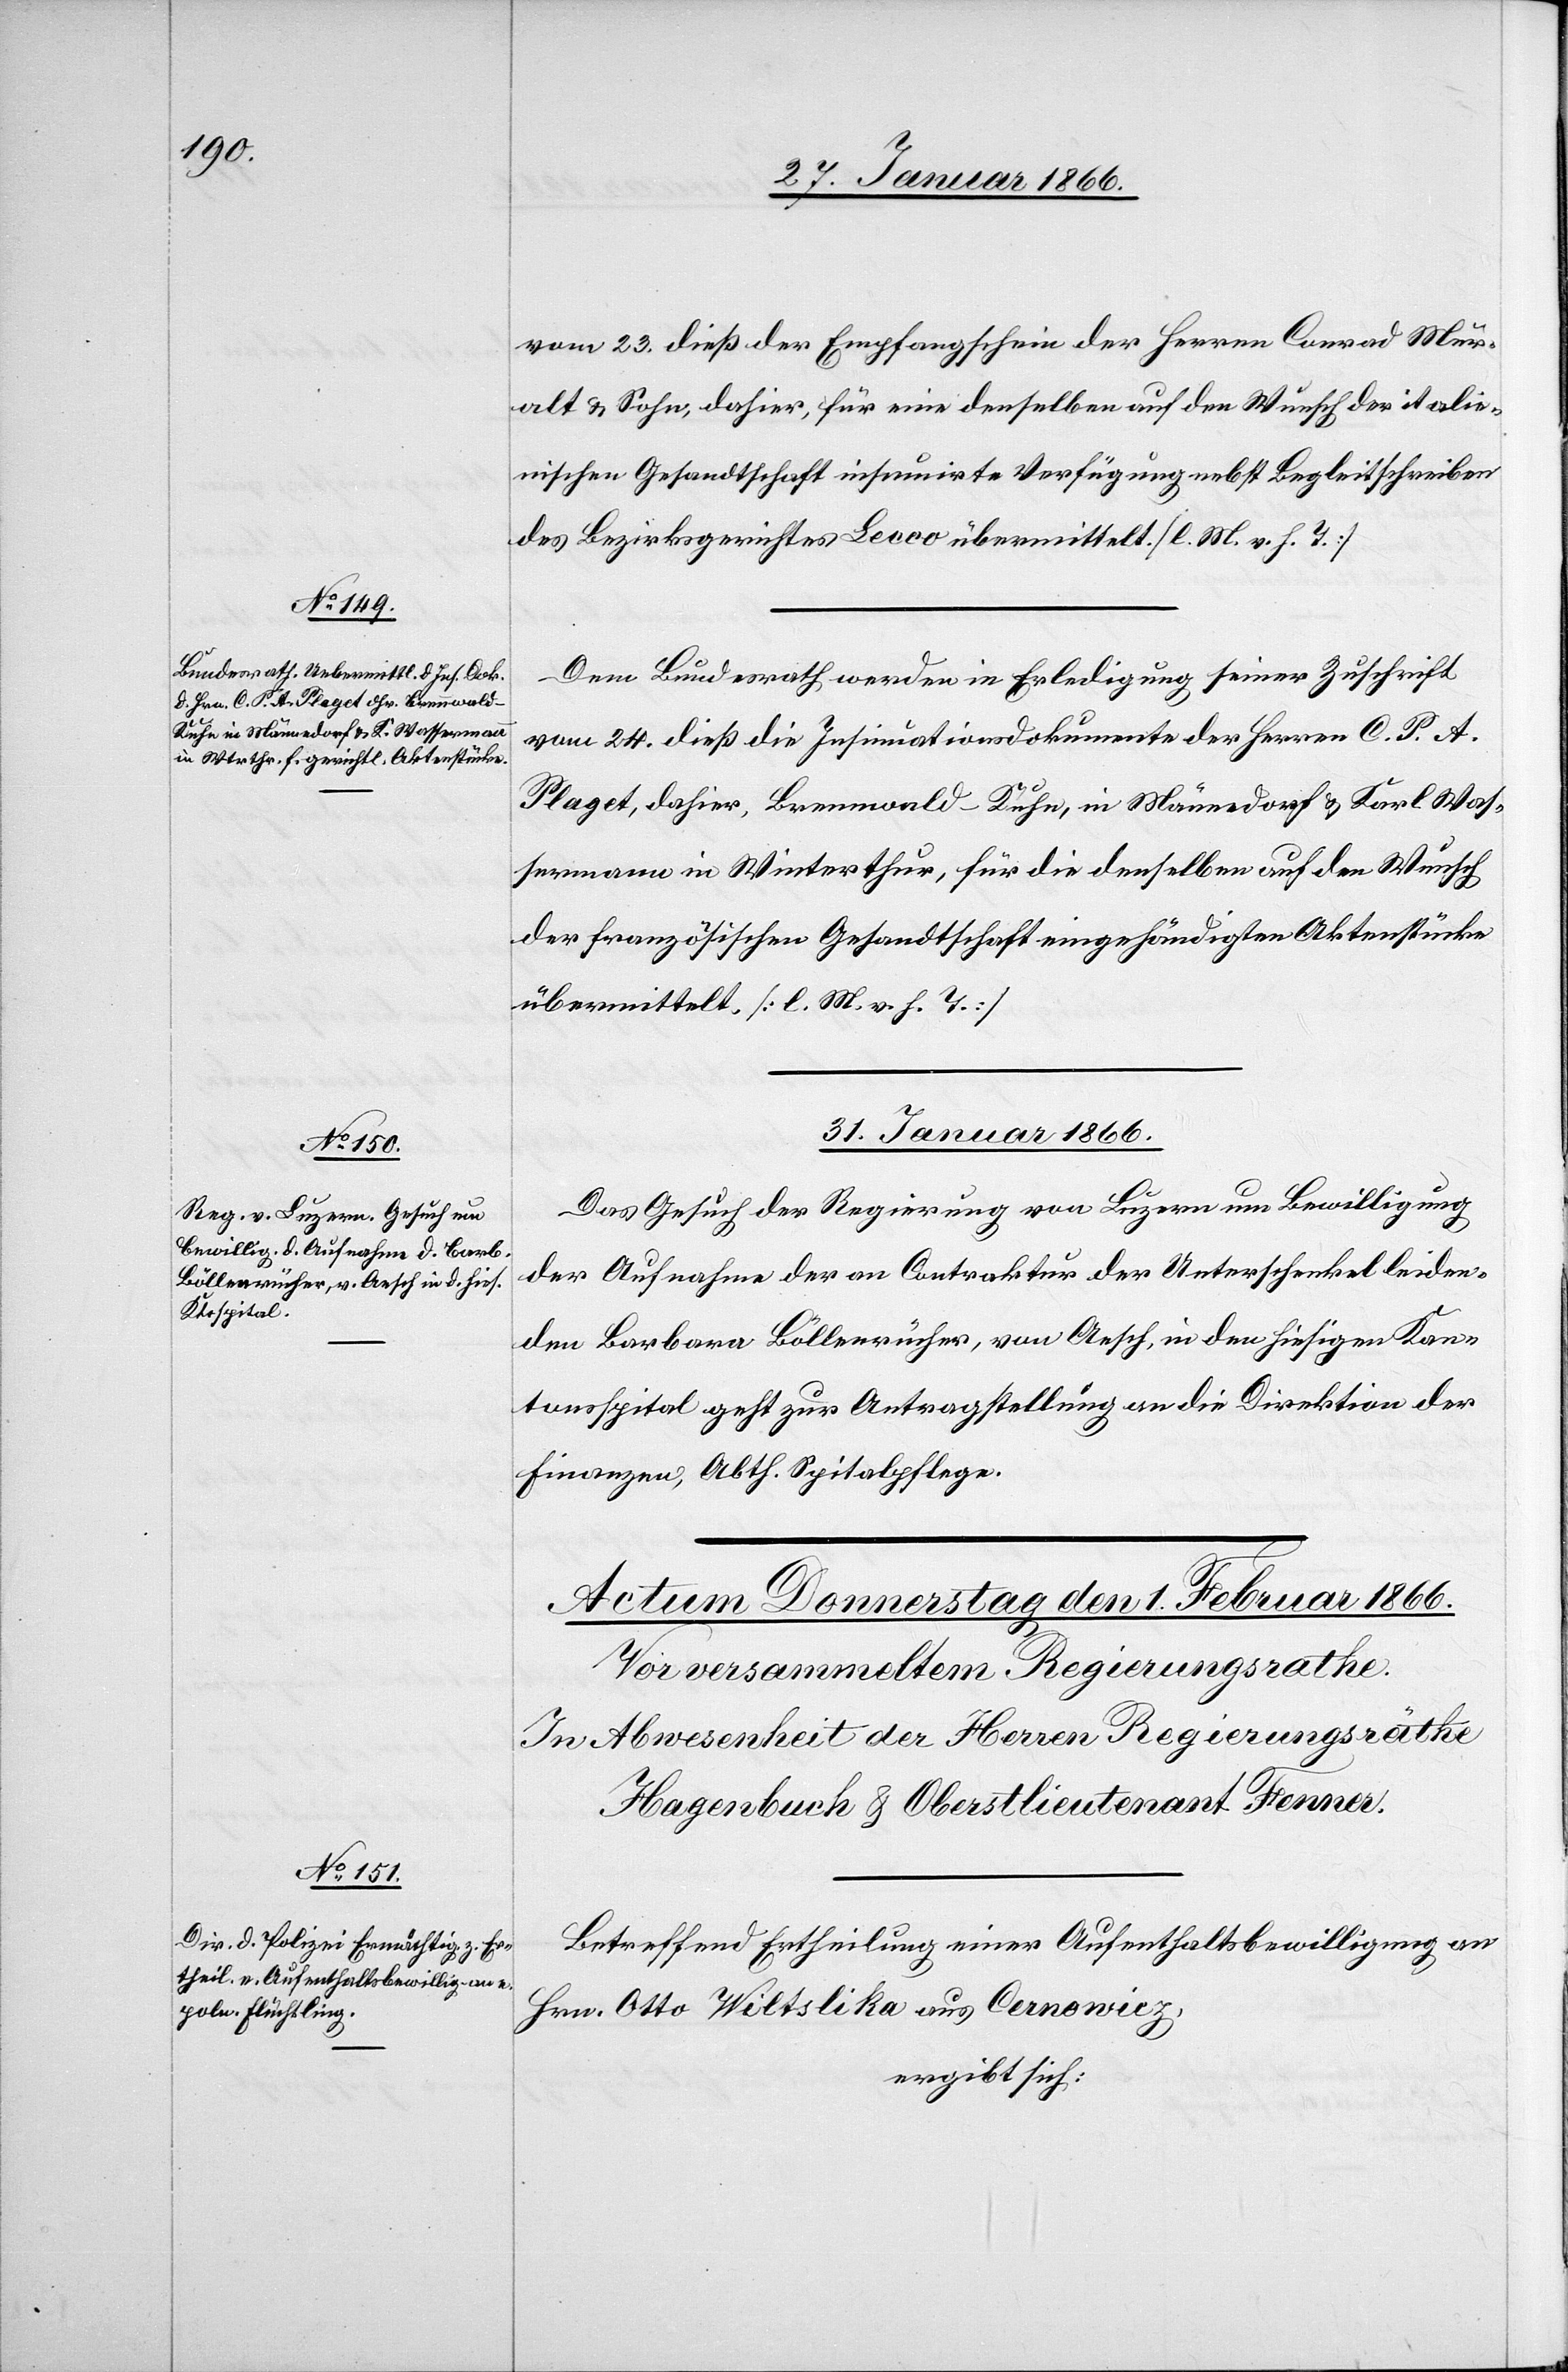
vom 23. dieß der Empfang der Herren Conrad Mur¬
alt & Sohn, dahier, für eine denselben auf den Wunsch der italie¬
nischen Gesandtschaft insumirte Verfügung nebst Begleitschreiben
des Bezirksgerichtes Lecco übermittelt. [l. M. v. h. T.]
Dem Bundesrath werden in Erledigung seiner Zuschrift
vom 24. dieß die Insinuationsdokumente der Herren C. P. A.
Plaget, dahier, Brennwald-Kuhn, in Männedorf u. Karl Was¬
sermann in Winterthur, für die denselben auf den Wunsch
der fanzösischen Gesandtschaft eingehändigten Aktenstücke
übermittelt. [l. M. v. h. T.]
31. Januar 1866.
Das Gesuch der Regierung von Luzern um Bewilligung
der Aufnahme der an Contraktur der Unterschenkel leiden¬
den Barbara Böllenrücher, von Aesch, in den hiesigen Kan¬
tonsspital geht zur Antragstellung an die Direktion der
Finanzen, Abth. Spitalpflege.
Betreffend Ertheilung einer Aufenthaltsbewilligung an
Hrn. Otto Wiltslika aus Cernowicz,
ergibt sich: